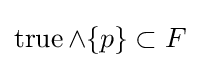
\operatorname {true} \land \{p\}\subset F